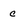
Character: c